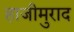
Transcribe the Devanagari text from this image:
हाजीमुराद